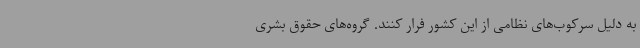
به دلیل سرکوب‌های نظامی از این کشور فرار کنند. گروه‌های حقوق بشری